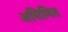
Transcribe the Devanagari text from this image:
असिमित